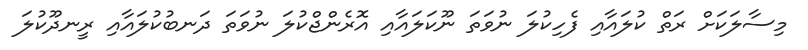
މިސާލަކަށް ރަތް ކުލައާއި ފެހިކުލަ ނުވަތަ ނޫކަލައާއި އޮރެންޖްކުލަ ނުވަތަ ދަނބުކުލައާއި ރީނދޫކުލަ